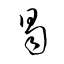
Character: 曷